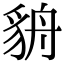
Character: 貈